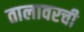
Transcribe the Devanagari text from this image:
तालावरची